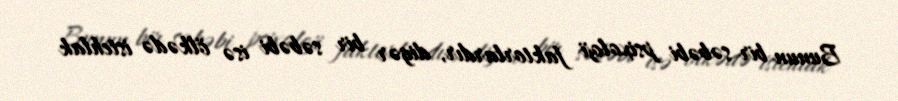
Bunun bir səbəbi psixoloji faktorlardır, digər bir səbəbi isə ölkədə istehlak